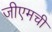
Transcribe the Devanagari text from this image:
जीएमची